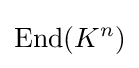
{\text{End}}({K^{n}})